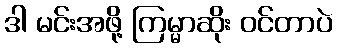
ဒါ မင်းအဖို့ ကြမ္မာဆိုး ဝင်တာပဲ